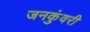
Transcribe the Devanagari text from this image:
जनकुंवरी